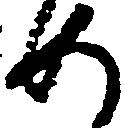
如